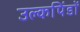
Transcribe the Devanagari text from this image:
उल्कपिंडों